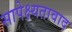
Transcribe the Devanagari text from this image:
सापेक्ष्यतावाद